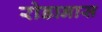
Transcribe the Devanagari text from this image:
रोडानास